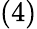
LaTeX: \left(4\right)